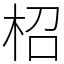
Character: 柖